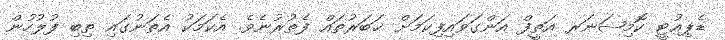
ޑެޕިއުޓީ ކޮމިޝަނަރ އަތީފް އަންގަވައިފިކަމަށް ޚަބަރުތައް ފެތުރުނެވެ. އެކަމަކު އެތަނުގައި ތިބި ފުލުހުން